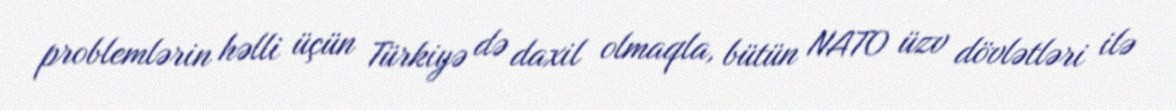
problemlərin həlli üçün Türkiyə də daxil olmaqla, bütün NATO üzv dövlətləri ilə